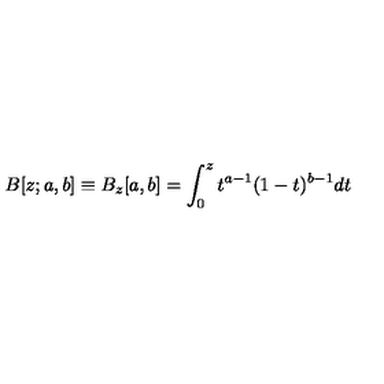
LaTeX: B [ z ; a , b ] \equiv B _ { z } [ a , b ] = \int _ { 0 } ^ { z } t ^ { a - 1 } ( 1 - t ) ^ { b - 1 } d t